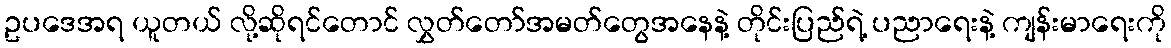
ဥပဒေအရ ယူတယ် လို့ဆိုရင်တောင် လွှတ်တော်အမတ်တွေအနေနဲ့ တိုင်းပြည်ရဲ့ ပညာရေးနဲ့ ကျန်းမာရေးကို